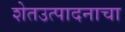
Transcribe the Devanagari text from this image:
शेतउत्पादनाचा